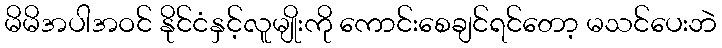
မိမိအပါအဝင် နိုင်ငံနှင့်လူမျိုးကို ကောင်းစေချင်ရင်တော့ မသင်ပေးဘဲ